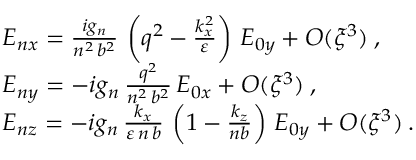
\begin{array} { r l } & { E _ { n x } = \frac { i g _ { n } } { n ^ { 2 } \, b ^ { 2 } } \, \left( q ^ { 2 } - \frac { k _ { x } ^ { 2 } } { \varepsilon } \right) \, E _ { 0 y } + O ( \xi ^ { 3 } ) \: , } \\ & { E _ { n y } = - i g _ { n } \, \frac { q ^ { 2 } } { n ^ { 2 } \, b ^ { 2 } } \, E _ { 0 x } + O ( \xi ^ { 3 } ) \: , } \\ & { E _ { n z } = - i g _ { n } \, \frac { k _ { x } } { \varepsilon \, n \, b } \, \left( 1 - \frac { k _ { z } } { n b } \right) \, E _ { 0 y } + O ( \xi ^ { 3 } ) \: . } \end{array}